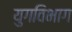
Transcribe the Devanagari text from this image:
युगविभाग